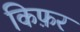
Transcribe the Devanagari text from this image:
किफ़र